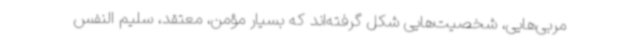
مربی‌هایی، شخصیت‌هایی شکل گرفته‌اند که بسیار مؤمن، معتقد، سلیم النفس